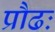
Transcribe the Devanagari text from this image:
प्रौढः